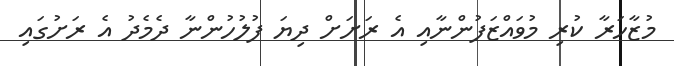
މުޒާހަރާ ކުރި މުވައްޒަފުންނާއި އެ ރަށަށް ދިޔަ ފުލުހުންނާ ދެމެދު އެ ރަށުގައި